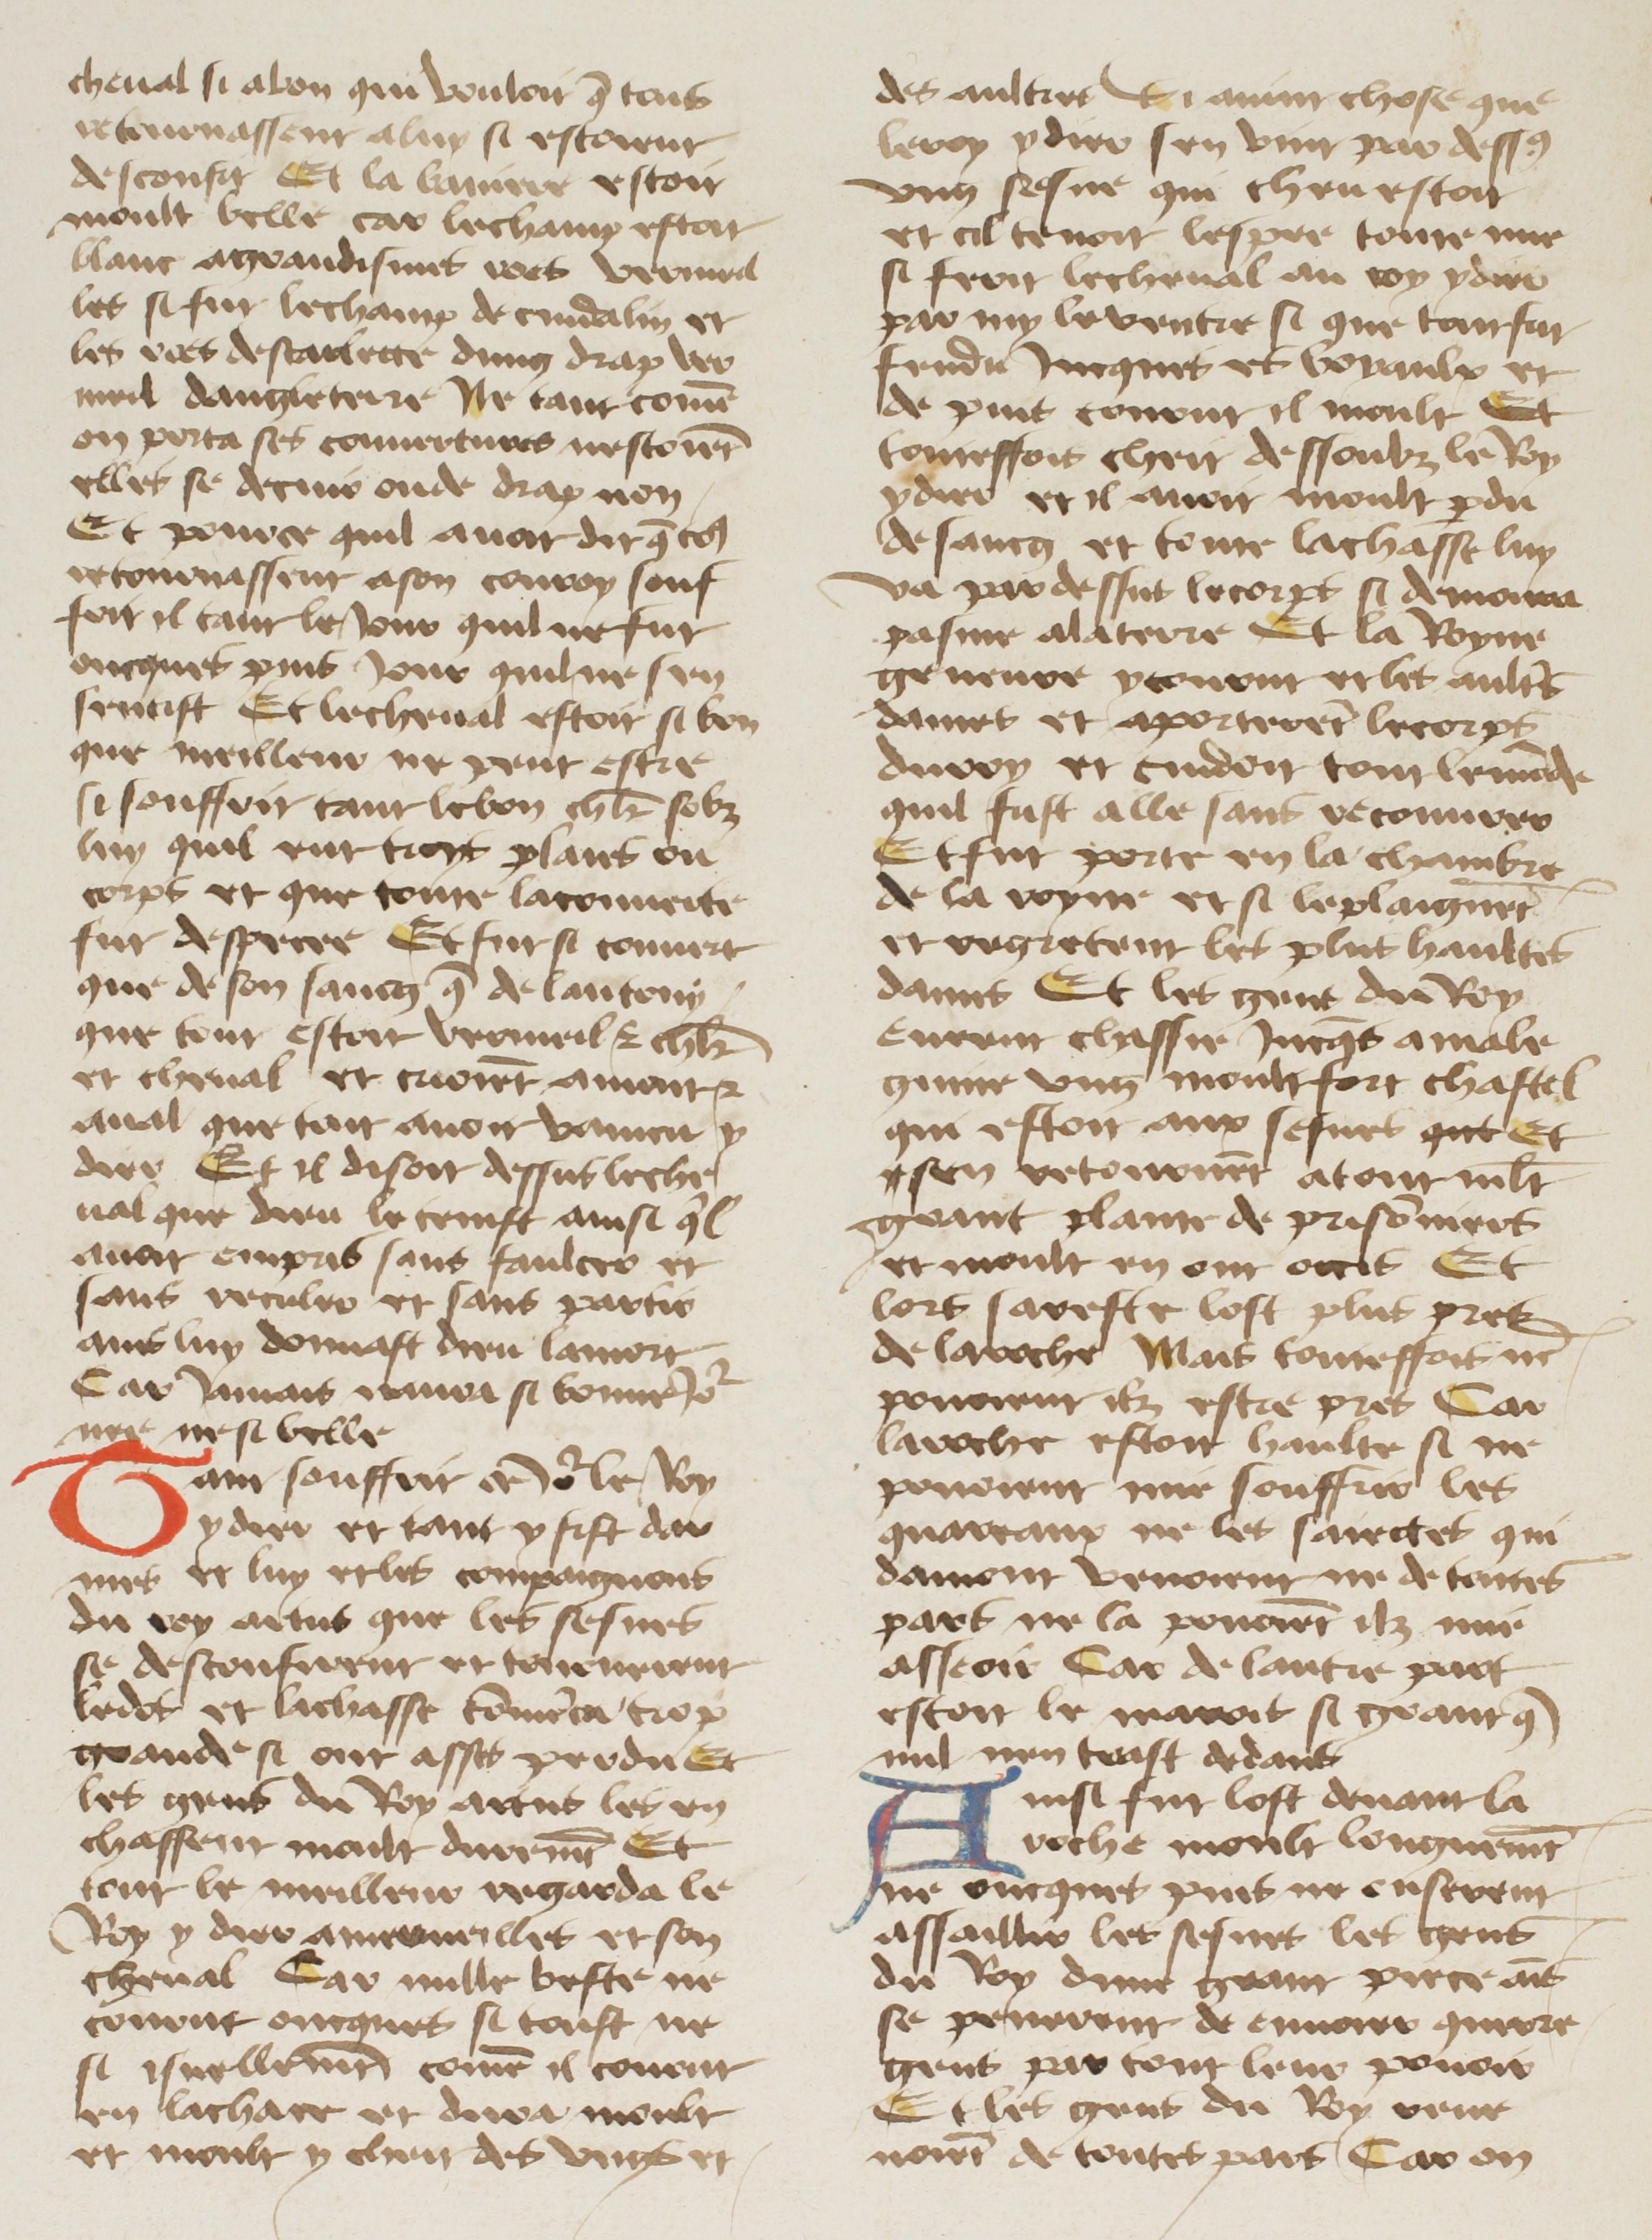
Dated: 1400–1499